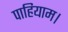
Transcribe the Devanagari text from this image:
पाहियाम।